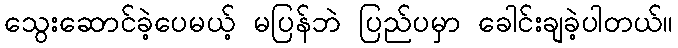
သွေးဆောင်ခဲ့ပေမယ့် မပြန်ဘဲ ပြည်ပမှာ ခေါင်းချခဲ့ပါတယ်။